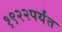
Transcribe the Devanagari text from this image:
१९२२पर्यंत